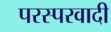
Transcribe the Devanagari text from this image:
परस्परवादी